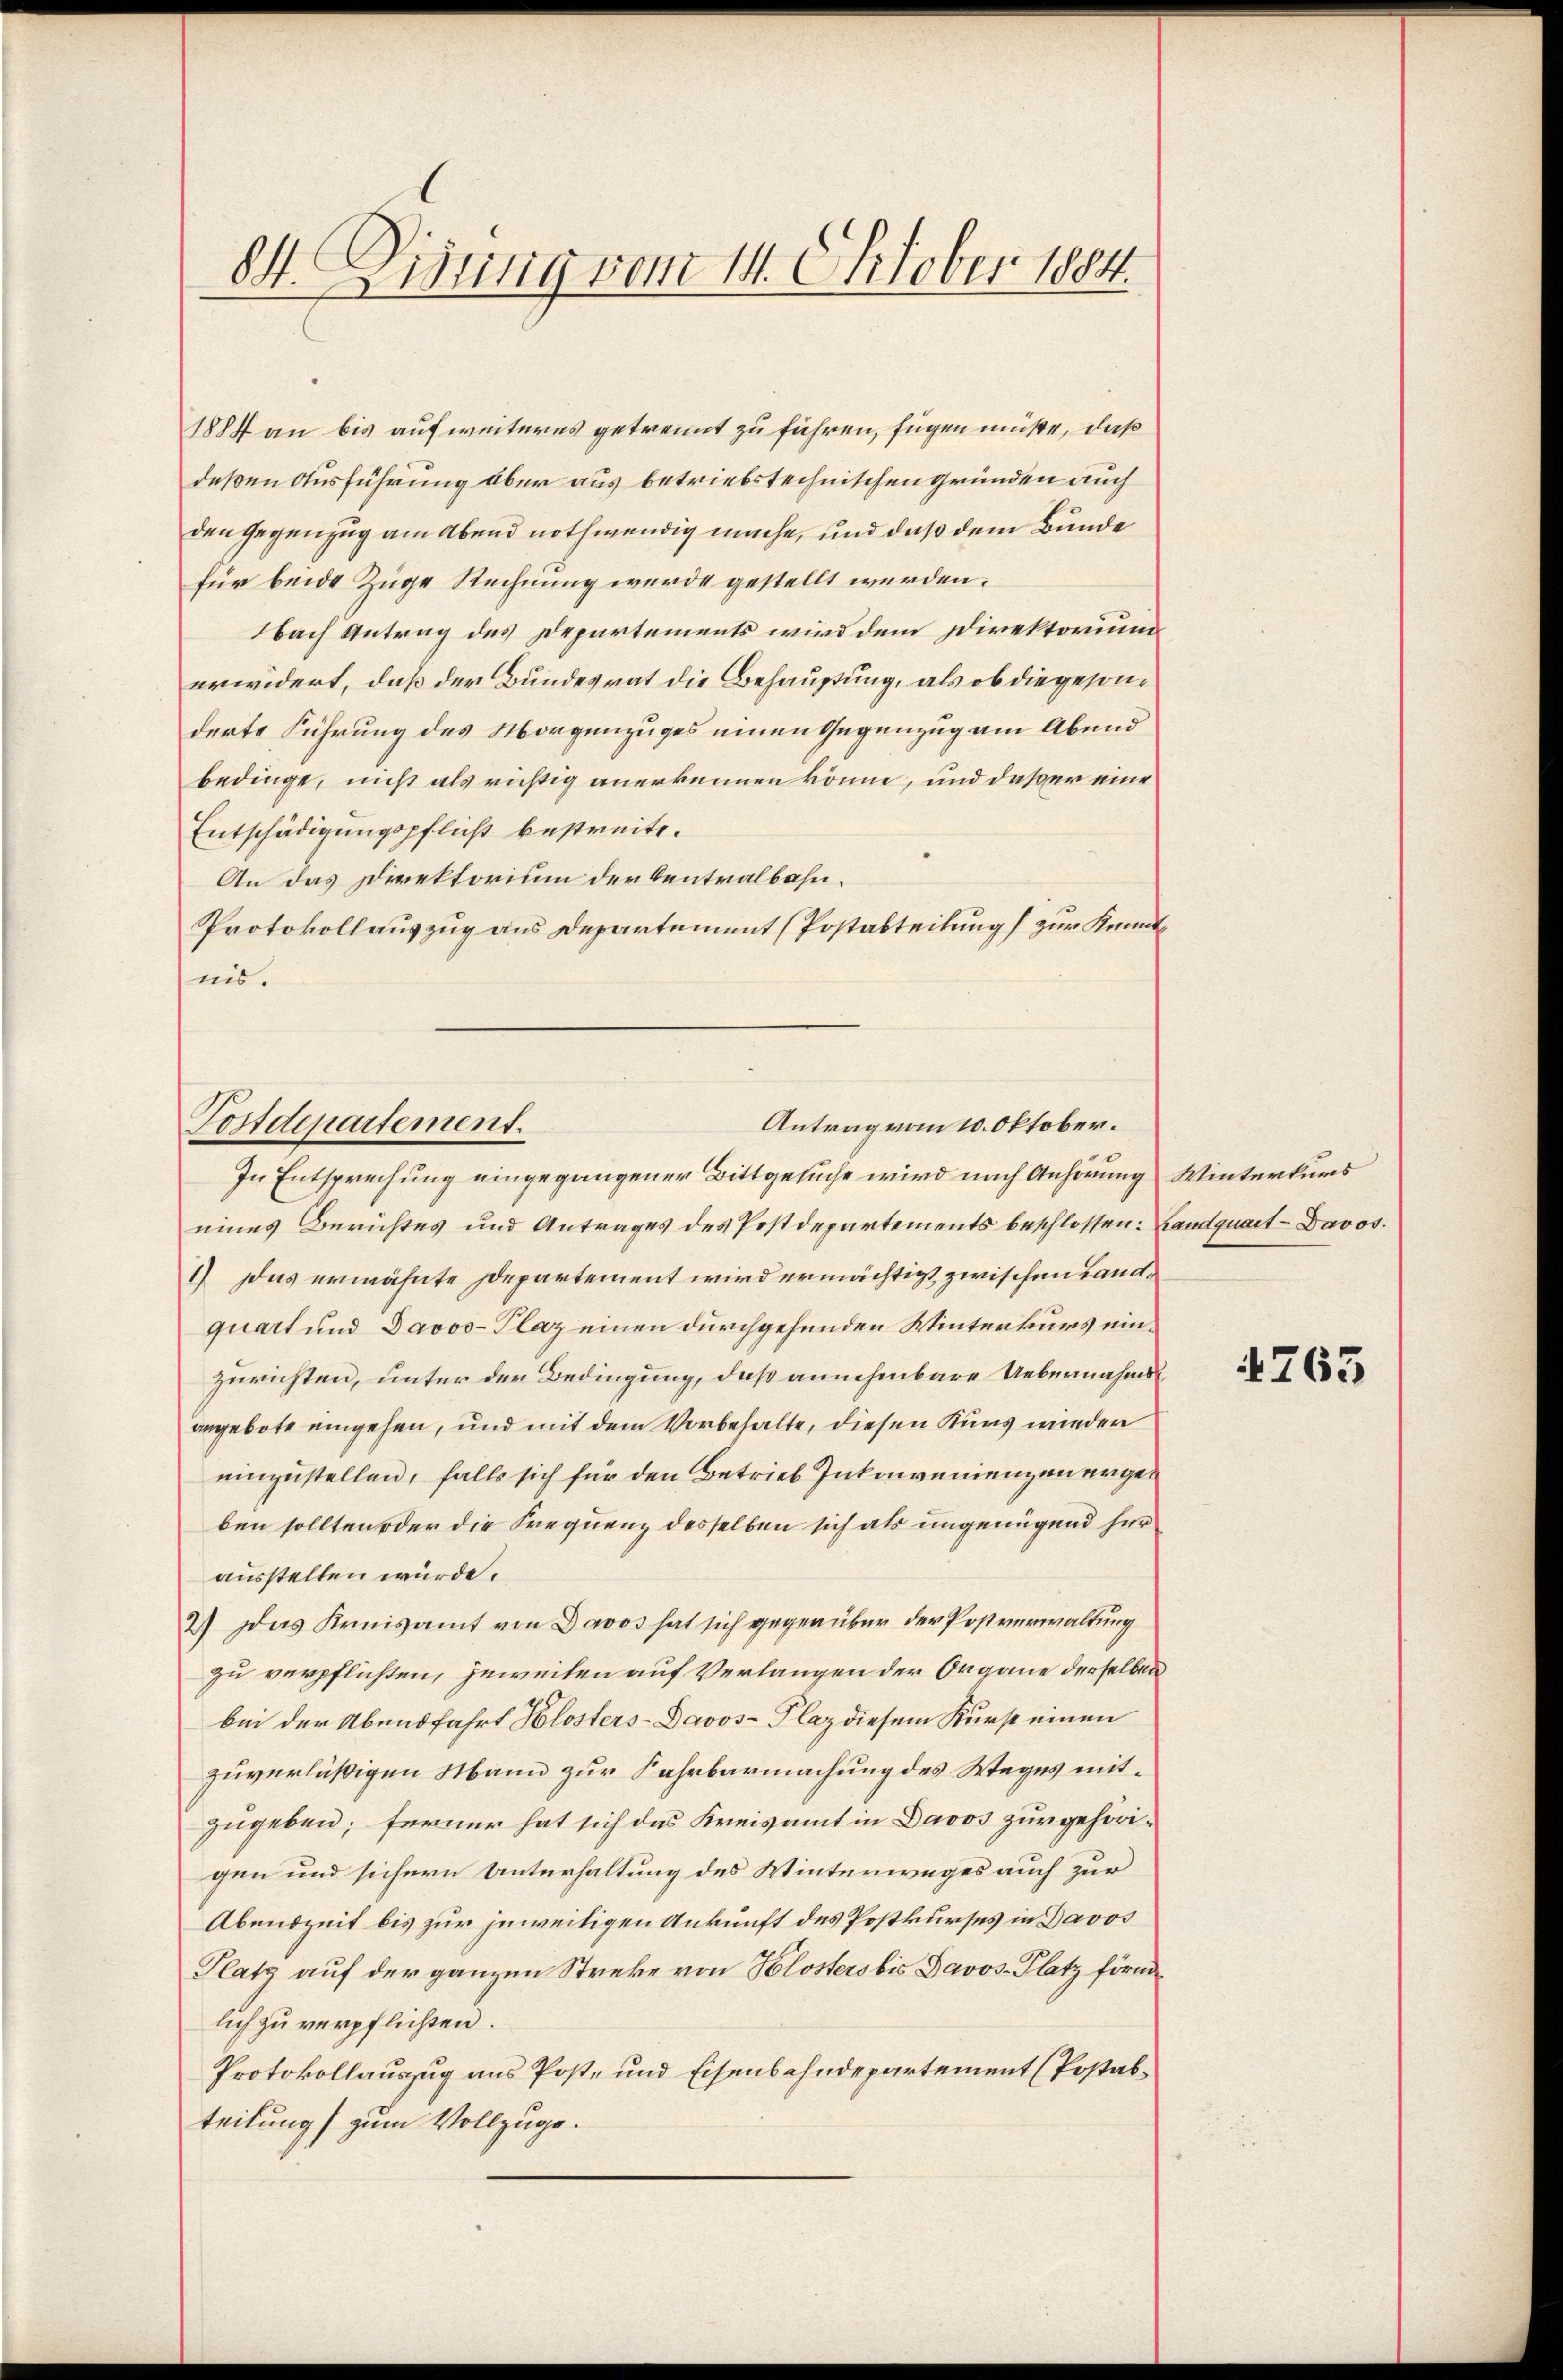
84. Disung vom 14. Oktober 1884

1884 an bis auf weiteres getrennt zu führen, fügen müßte, daß
deßen Ausführung aber aus betriebstechnischen Gründen auch
den Gegenzug am Abend nothwendig mache, und daß dem Bunde
für beide Züge Rechnung wurde gestellt werden.
Nach Antrag des Departements wird dem Direktorium
erwidert, daß der Bundesrat die Behauptung, als ob die gesonderte Führung des Morgenzuges einen Gegenzug am Abend
bedinge, nicht als richtig anerkennen könne, und daß er eine
Entschädigungspflicht bestreite.
An das Direktorium der Centralbahn¬
Protokollauszug aus Departement (Postabteilung zur Kenntnis.

Antrag vom 10. Oktober.
Postdepartement.

1) Das erwähnte Departement wird ermächtigt zwischen Landquart und Davos- Plaz einen durchgehenden Winterkurs einzurichten, unter der Bedingung, daß annehmbare Uebernahmsangebote eingehen, und mit dem Vorbehalte, diesen Kurs wieder
einzustellen, falls sich für den Betrieb Inkonvenienzen ergeb
ben sollten oder die Frequenz desselben sich als ungenügend herausstellen würde.
2.) Das Kreisamt von Davos hat sich gegenüber der Postverwaltung
zu verpflichten, jeweiten auf Verlangen der Organe derselben
bei der Abendfahrt Hlosters Davos- Plaz diesem Kurst einen
zuverläßigen Mann zur Fahrbarmachung des Weges mitzugeben; ferner hat sich das Kreisamt in Davos zur gehörigen und sichern Unterhaltung des Winterweges auch zur
Abendzeit bis zur jeweitigen Ankunft des Postkurses in Davos
Platz auf der ganzen Streke von Klosters bis Davos- Platz förmlich zu verpflichten.
Protokollauszug aus Post- und Eisenbahndepartement (Postabteilung) zum Vollzuge.

In Entsprechung eingegangener Bittgesuche wird nach Anhörung Winterkurs
eines Berichtes und Antrages des Postdepartements beschlossen: Landquart-Davos.

4763